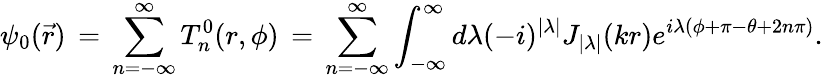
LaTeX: \psi_{0}(\vec{r})\, =\, \sum_{n=-\infty}^{\infty}T_{n}^{0}(r,\phi)\, =\, \sum_{n=-\infty}^{\infty}\int_{-\infty}^{\infty}d\lambda(-i)^{|\lambda|}J_{|\lambda|}(kr)e^{i\lambda(\phi+\pi-\theta+2n\pi)}.